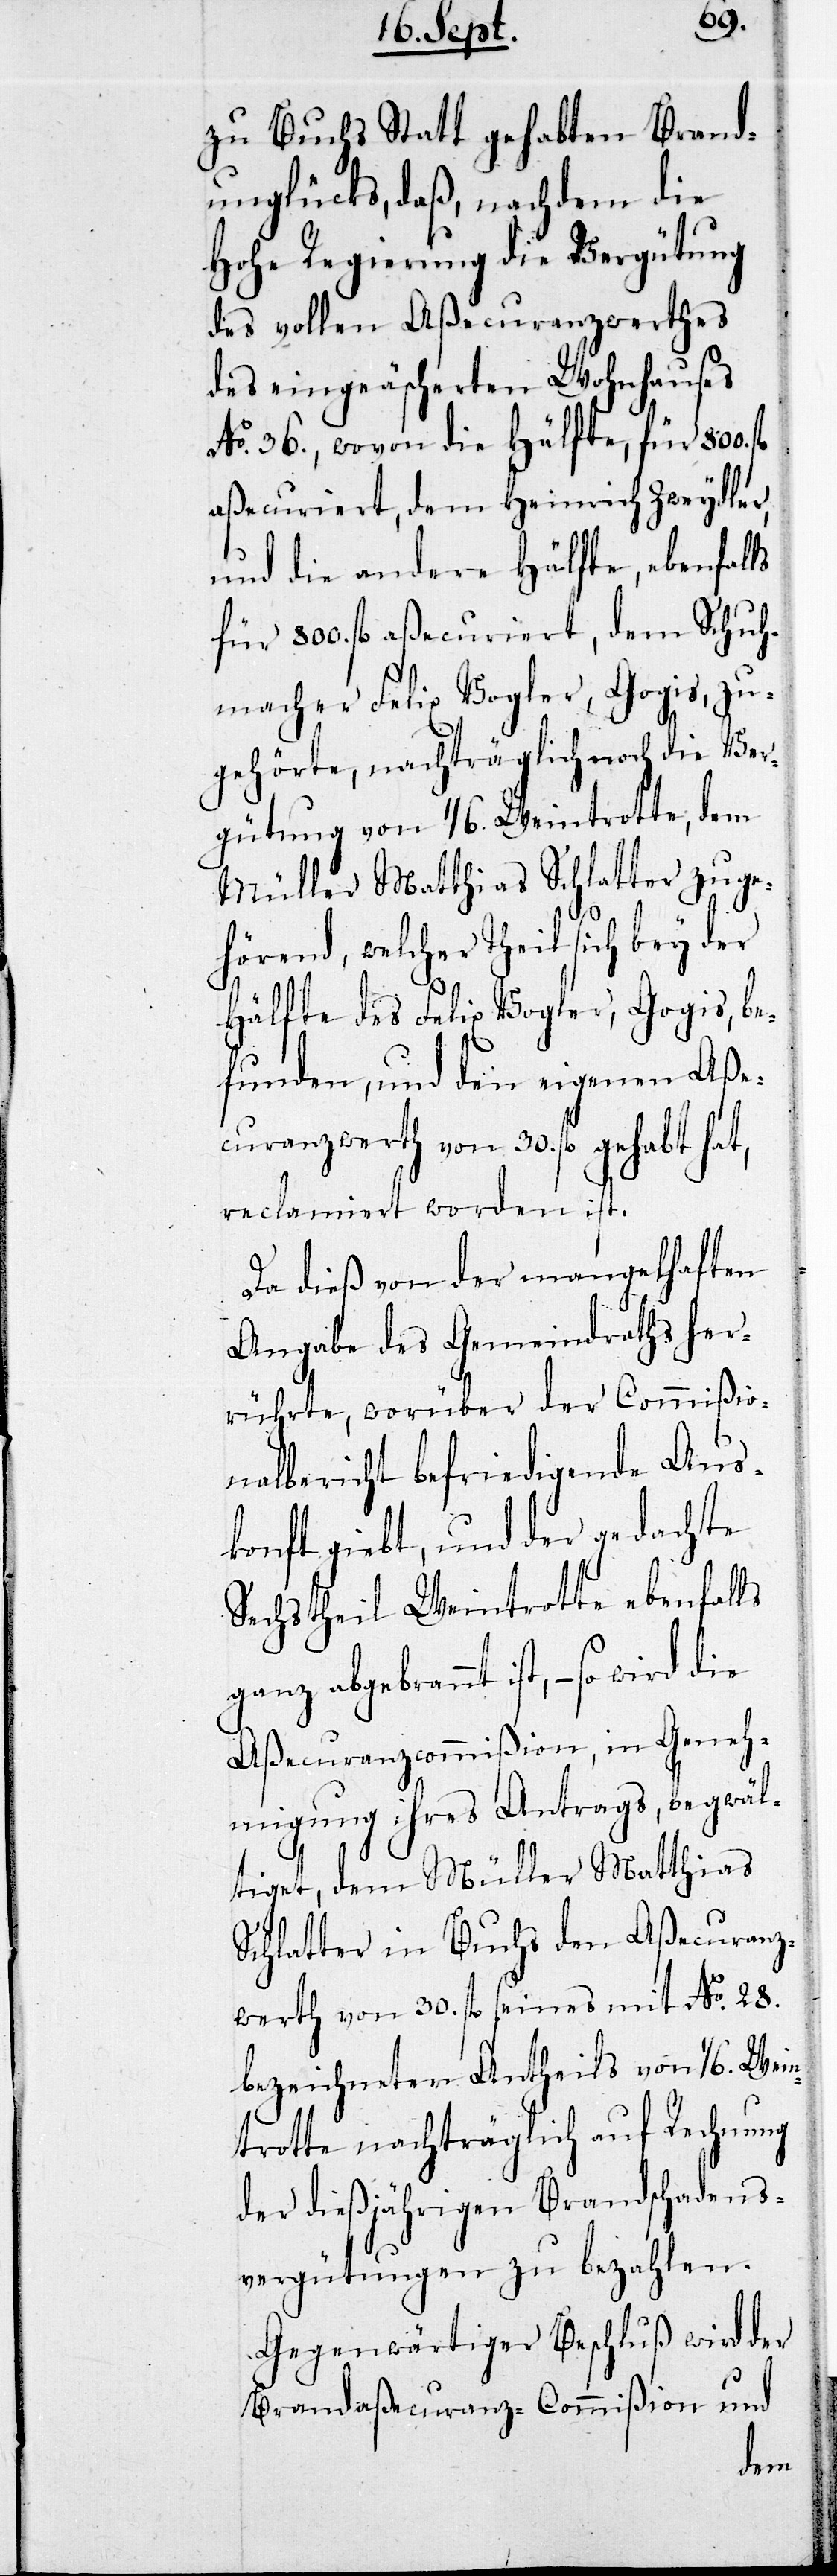
zu Buchs Statt gehabten Brand¬
unglücks, daß, nachdem die
Hohe Regierung die Vergütung
des vollen Aßecuranzwerthes
des eingeäscherten Wohnhauses
No. 36., wovon die Hälfte, für 800.
aßescuriert, dem Heinrich Zweydler,
und die andere Hälfte, ebenfalls
für 800. fl aßecurieret, dem Schuh¬
macher Felix Vogler, Gogis, zu¬
gehörte, nachträglich noch die Ver¬
gütung von 1/6. Weintrotte, dem
Müller Matthias Schlatter zuge¬
hörend, welcher Theil sich bey der
Hälfte des Felix Vogler, Gogis, be¬
funden, und den eigenen Aße¬
curanzwerth von 30. fl gehabt hat,
reclamiert worden ist.
Da dieß von der mangelhaften
Angabe des Gemeindraths her¬
rührte, worüber der Commißion¬
nalbericht befriedigende Aus¬
konft giebt, und der gedachte
Sechsttheil Weintrotte ebenfalls
ganz abgebrannt ist, – so wird
Aßecuranzcommißion, in Geneh¬
migung ihres Antrags begwäl¬
tiget, dem Müller Matthias
Schlatter in Buchs den Aßecuranz¬
werth von 30. fl seines mit No. 28.
bezeichneten Antheils von 1/6. Wein¬
trotte nachträglich auf Rechnung
der dießjährigen Brandschadens¬
vergütungen zu bezahlen.
Gegenwärtiger Beschluß wird der
Brandaßecuranz-Commißion und
dem